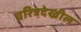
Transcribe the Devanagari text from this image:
चरित्रदेखील